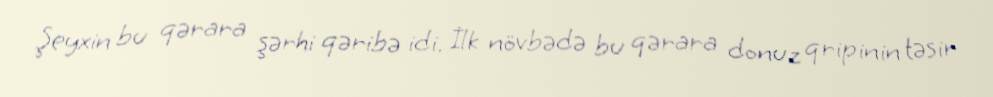
Şeyxin bu qərara şərhi qəribə idi. İlk növbədə bu qərara donuz qripinin təsir